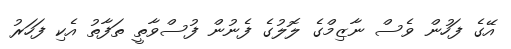
އޭގެ ފަހުން ވެސް ނާޒިމްގެ ލޮލުގެ ފެނުން ފުސްވާތީ ތަފާތު އެކި ފަހަރު